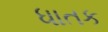
ધાતક